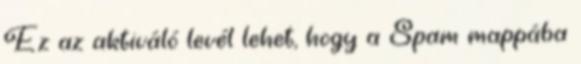
Ez az aktiváló levél lehet, hogy a Spam mappába